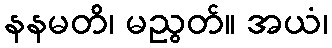
နနမတိ၊ မညွတ်။ အယံ၊